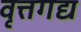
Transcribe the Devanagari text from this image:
वृत्तगद्य